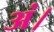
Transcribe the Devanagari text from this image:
अं।